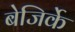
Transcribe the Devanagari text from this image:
बेजिर्के